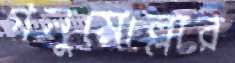
গনুমোল্লার